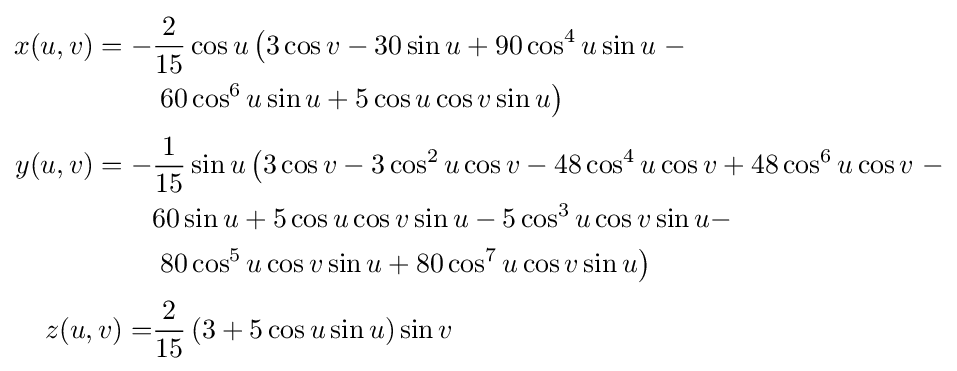
{\begin{aligned}x(u,v)=-&{\frac {2}{15}}\cos u\left(3\cos {v}-30\sin {u}+90\cos ^{4}{u}\sin {u}\right.-\\&\left.60\cos ^{6}{u}\sin {u}+5\cos {u}\cos {v}\sin {u}\right)\\[3pt]y(u,v)=-&{\frac {1}{15}}\sin u\left(3\cos {v}-3\cos ^{2}{u}\cos {v}-48\cos ^{4}{u}\cos {v}+48\cos ^{6}{u}\cos {v}\right.-\\&60\sin {u}+5\cos {u}\cos {v}\sin {u}-5\cos ^{3}{u}\cos {v}\sin {u}-\\&\left.80\cos ^{5}{u}\cos {v}\sin {u}+80\cos ^{7}{u}\cos {v}\sin {u}\right)\\[3pt]z(u,v)=&{\frac {2}{15}}\left(3+5\cos {u}\sin {u}\right)\sin {v}\end{aligned}}